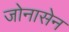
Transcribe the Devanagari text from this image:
जोनासेन